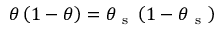
\theta \left( 1 - \theta \right) = \theta _ { \mathrm { ~ s ~ } } \left( 1 - \theta _ { \mathrm { ~ s ~ } } \right)